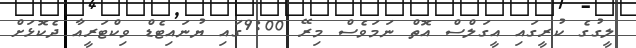
ލީގުގެ ކުރީގައި އީގަލްސް އޮތް ނަމަވެސް މިރޭ 9:00ގައި ޔުނައިޓެޑް ވިކްޓަރީއާ ދެކޮޅަށް